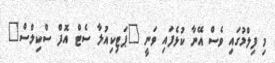
މި ފިލްމުގައި ވެސް އޭނާ ކުޅެފައި ވަނީ "ޕަޓިކިއުލާ ސެޓް އޮފް ސްކިލްސް"